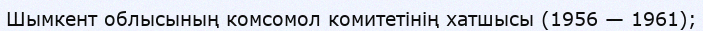
Шымкент облысының комсомол комитетінің хатшысы (1956 — 1961);